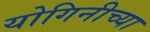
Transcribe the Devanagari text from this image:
योगिनीच्या